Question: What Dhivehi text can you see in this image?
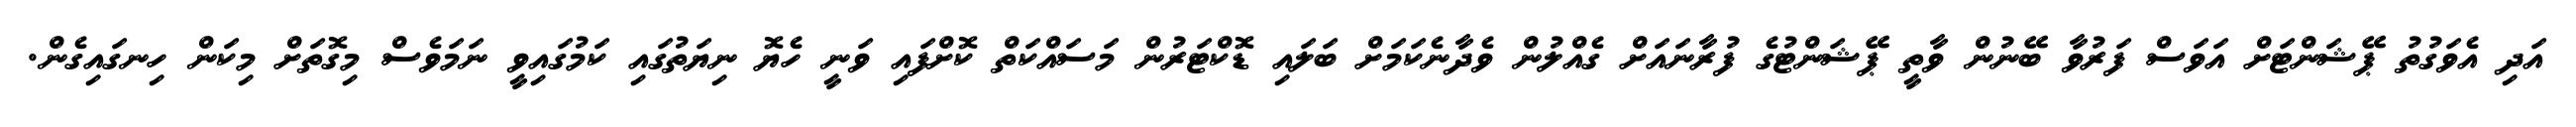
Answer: އަދި އެވަގުތު ޕޭޝަންޓަށް އަވަސް ފަރުވާ ބޭނުން ވާތީ ޕޭޝަންޓުގެ ފުރާނައަށް ގެއްލުން ވެދާނެކަމަށް ބަލައި ޑޮކްޓަރުން މަސައްކަތް ކޮށްފައި ވަނީ ހެޔޮ ނިޔަތުގައި ކަމުގައިވީ ނަމަވެސް މިގޮތަށް މިކަން ހިނގައިގެން.